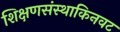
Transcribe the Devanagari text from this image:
शिक्षणसंस्थाकिनवट